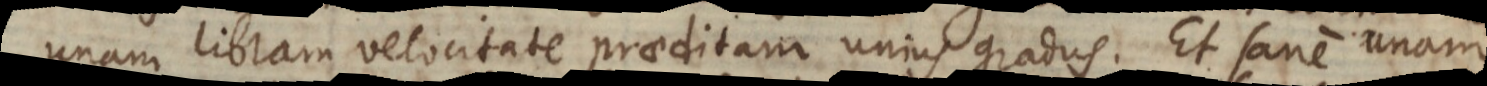
unam libram velocitate praeditam unius gradus. Et sane unam